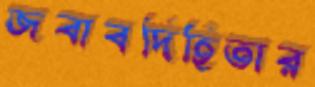
জবাবদিহিতার